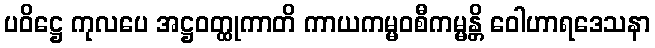
ပဝိဋ္ဌေ ကုလပေ အဋ္ဌဝတ္ထုကာတိ ကာယကမ္မဝစီကမ္မန္တိ ဝေါဟာရဒေသနာ